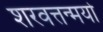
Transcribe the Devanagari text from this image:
शरवत्तन्मयो